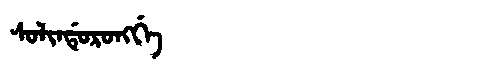
Manchu: ᠰᠣᠯᡳᠨᡩᡠᡵᠣᠩᡤᡝ
Romanization: SOLINDURONGGE